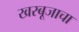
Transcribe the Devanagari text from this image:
खरबूजाचा